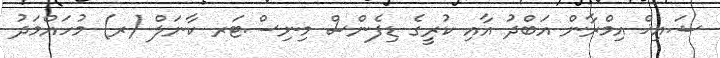
ޝައިޚް އިމްރާން އަބްދު އާއި ކުރީގެ ޑިފެންސް މިނިސްޓަރ ކާނަލް (ރ) މުހައްމަދު